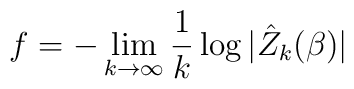
f=-\lim_{k\rightarrow \infty} \frac{1}{k} \log |\hat{Z}_{k}(\beta)|